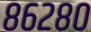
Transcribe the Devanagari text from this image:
८६२८०